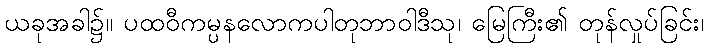
ယခုအခါ၌။ ပထဝီကမ္ပနလောကပါတုဘာဝါဒီသု၊ မြေကြီး၏ တုန်လှုပ်ခြင်း၊